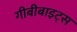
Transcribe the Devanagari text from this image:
गीबीबाइट्स